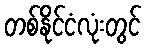
တစ်နိုင်ငံလုံးတွင်